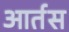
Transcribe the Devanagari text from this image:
आर्तस